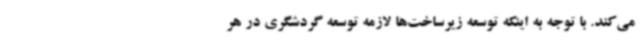
می‌کند. با توجه به اینکه توسعه زیرساخت‌ها لازمه توسعه گردشگری در هر